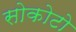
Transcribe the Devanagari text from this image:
सोकोटो